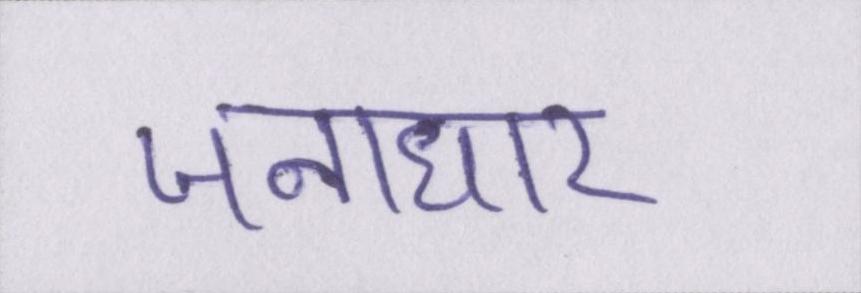
जनाधार